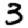
Digit: 3